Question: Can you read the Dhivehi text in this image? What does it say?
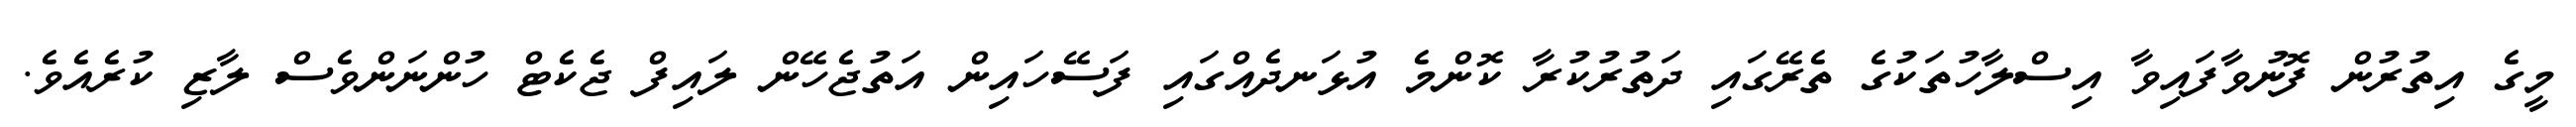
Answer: މީގެ އިތުރުން ފޮނުވާފައިވާ އިސްލާހުތަކުގެ ތެރޭގައި ދަތުރުކުރާ ކޮންމެ އުޅަނދެއްގައި ފަސޭހައިން އަތުޖެހޭން ލައިފް ޖެކެޓް ހުންނަންވެސް ލާޒި ކުރެއެވެ.